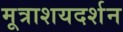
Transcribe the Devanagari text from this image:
मूत्राशयदर्शन